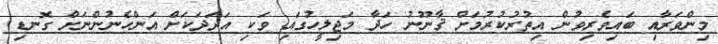
މިންވަރާއި ބައިވެރިވުން އިތުރުކުރުމަށް ޤާނޫނު ހަދާ މަޖިލީހުގައި ވަކި އަދަދަކަށް އަންހެނުންނަށް ގޮނޑި